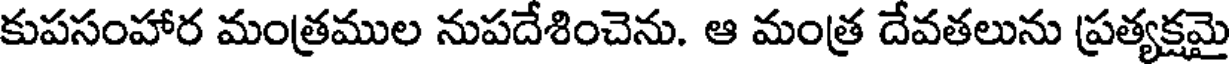
కుపసంహార మంత్రముల నుపదేశించెను. ఆ మంత్ర దేవతలును ప్రత్యక్షమై